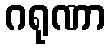
ဂရုဏာ